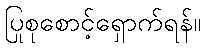
ပြုစုစောင့်ရှောက်ရန်။